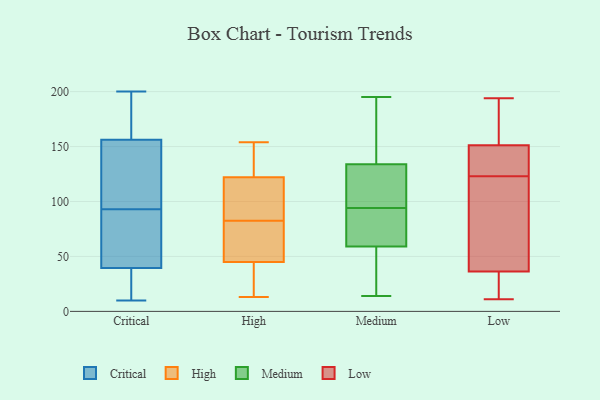
{"axis": {"x": "Latency (ms)", "y": "Value"}, "legend": ["Critical", "High", "Low", "Medium"], "data": [{"x": "", "y": 130, "type": "Critical"}, {"x": "", "y": 55, "type": "Critical"}, {"x": "", "y": 36, "type": "Critical"}, {"x": "", "y": 64, "type": "Critical"}, {"x": "", "y": 139, "type": "Critical"}, {"x": "", "y": 31, "type": "Critical"}, {"x": "", "y": 177, "type": "Critical"}, {"x": "", "y": 114, "type": "Critical"}, {"x": "", "y": 10, "type": "Critical"}, {"x": "", "y": 179, "type": "Critical"}, {"x": "", "y": 19, "type": "Critical"}, {"x": "", "y": 50, "type": "Critical"}, {"x": "", "y": 93, "type": "Critical"}, {"x": "", "y": 162, "type": "Critical"}, {"x": "", "y": 200, "type": "Critical"}, {"x": "", "y": 125, "type": "High"}, {"x": "", "y": 154, "type": "High"}, {"x": "", "y": 25, "type": "High"}, {"x": "", "y": 79, "type": "High"}, {"x": "", "y": 149, "type": "High"}, {"x": "", "y": 86, "type": "High"}, {"x": "", "y": 45, "type": "High"}, {"x": "", "y": 112, "type": "High"}, {"x": "", "y": 122, "type": "High"}, {"x": "", "y": 74, "type": "High"}, {"x": "", "y": 42, "type": "High"}, {"x": "", "y": 58, "type": "High"}, {"x": "", "y": 13, "type": "High"}, {"x": "", "y": 101, "type": "High"}, {"x": "", "y": 133, "type": "Medium"}, {"x": "", "y": 31, "type": "Medium"}, {"x": "", "y": 134, "type": "Medium"}, {"x": "", "y": 64, "type": "Medium"}, {"x": "", "y": 62, "type": "Medium"}, {"x": "", "y": 195, "type": "Medium"}, {"x": "", "y": 105, "type": "Medium"}, {"x": "", "y": 111, "type": "Medium"}, {"x": "", "y": 128, "type": "Medium"}, {"x": "", "y": 14, "type": "Medium"}, {"x": "", "y": 59, "type": "Medium"}, {"x": "", "y": 135, "type": "Medium"}, {"x": "", "y": 154, "type": "Medium"}, {"x": "", "y": 30, "type": "Medium"}, {"x": "", "y": 171, "type": "Medium"}, {"x": "", "y": 34, "type": "Medium"}, {"x": "", "y": 64, "type": "Medium"}, {"x": "", "y": 83, "type": "Medium"}, {"x": "", "y": 161, "type": "Low"}, {"x": "", "y": 41, "type": "Low"}, {"x": "", "y": 14, "type": "Low"}, {"x": "", "y": 123, "type": "Low"}, {"x": "", "y": 192, "type": "Low"}, {"x": "", "y": 148, "type": "Low"}, {"x": "", "y": 101, "type": "Low"}, {"x": "", "y": 11, "type": "Low"}, {"x": "", "y": 135, "type": "Low"}, {"x": "", "y": 139, "type": "Low"}, {"x": "", "y": 22, "type": "Low"}, {"x": "", "y": 169, "type": "Low"}, {"x": "", "y": 71, "type": "Low"}, {"x": "", "y": 16, "type": "Low"}, {"x": "", "y": 76, "type": "Low"}, {"x": "", "y": 194, "type": "Low"}, {"x": "", "y": 144, "type": "Low"}]}